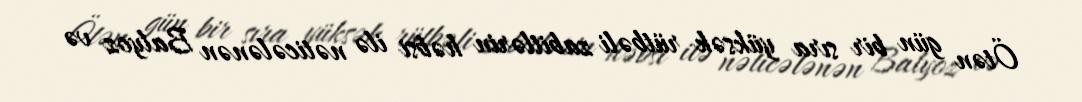
Ötən gün bir sıra yüksək rütbəli zabitlərin həbsi ilə nəticələnən Balyoz və